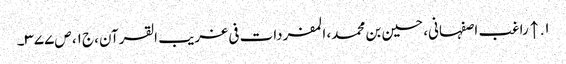
۱. ↑ راغب اصفہانی، حسین بن محمد، المفردات فی غریب القرآن، ج۱، ص۳۷۷۔